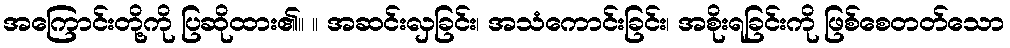
အကြောင်းတို့ကို ပြဆိုထား၏။ ။ အဆင်းလှခြင်း၊ အသံကောင်းခြင်း၊ အစိုးရခြင်းကို ဖြစ်စေတတ်သော